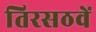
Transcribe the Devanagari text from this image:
तिरसठवें